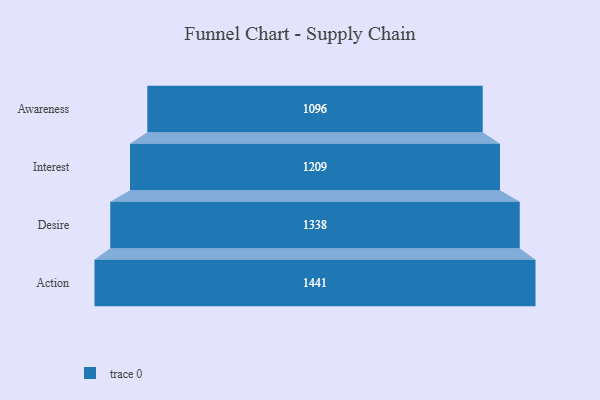
{"axis": {"x": "Stage", "y": "Value"}, "legend": [""], "data": [{"x": "Awareness", "y": 1096.0, "type": ""}, {"x": "Interest", "y": 1209.0, "type": ""}, {"x": "Desire", "y": 1338.0, "type": ""}, {"x": "Action", "y": 1441.0, "type": ""}]}